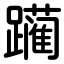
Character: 躏